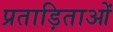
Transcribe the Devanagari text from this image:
प्रताड़िताओं